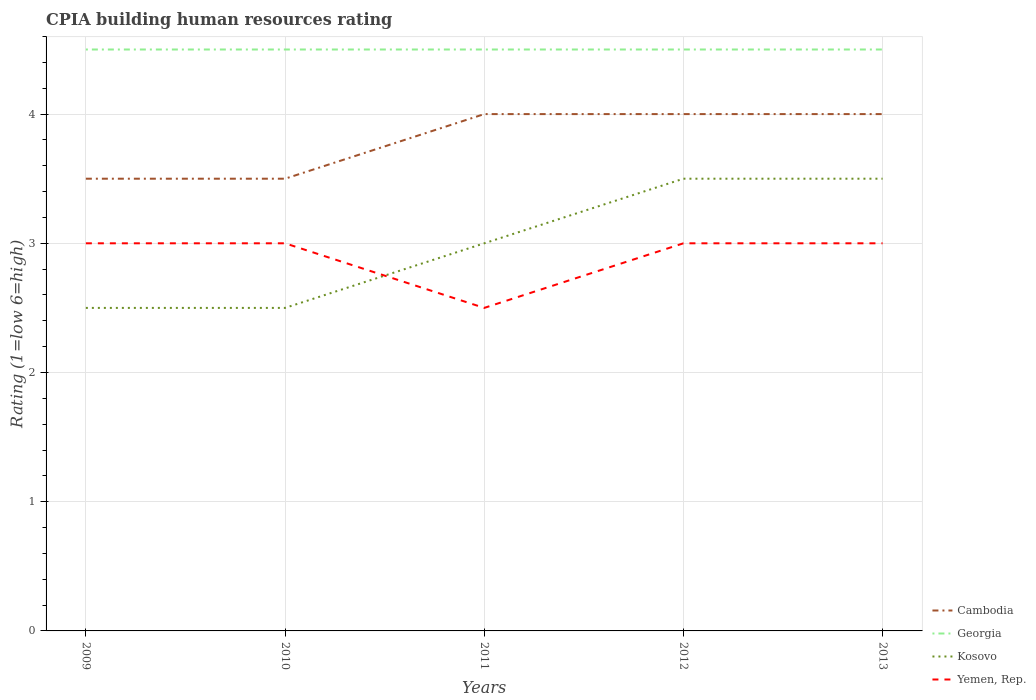
| Years | Cambodia | Georgia | Kosovo | Yemen, Rep. |
 | --- | --- | --- | --- | --- |
 | 2009 | 3.5 | 4.5 | 2.5 | 3 |
 | 2010 | 3.5 | 4.5 | 2.5 | 3 |
 | 2011 | 4 | 4.5 | 3 | 2.5 |
 | 2012 | 4 | 4.5 | 3.5 | 3 |
 | 2013 | 4 | 4.5 | 3.5 | 3 |